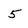
Character: 5